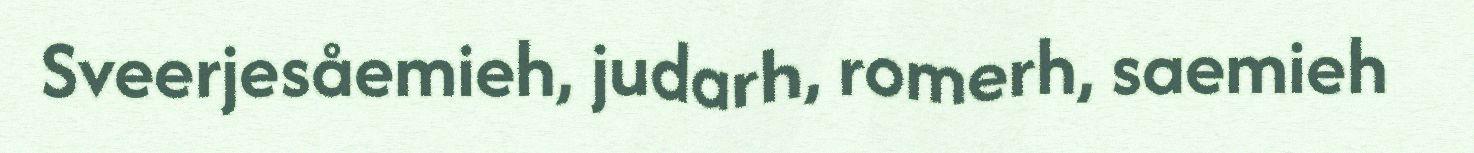
Sveerjesåemieh, judarh, romerh, saemieh